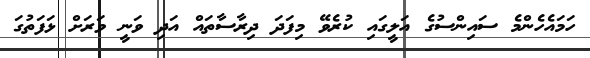
ހަމައެހެންމެ ސައިންސުގެ އަލީގައި ކުރެވޭ މިފަދަ ދިރާސާތައް އަދި ވަނީ ވަރަށް ޅަފަތުގަ